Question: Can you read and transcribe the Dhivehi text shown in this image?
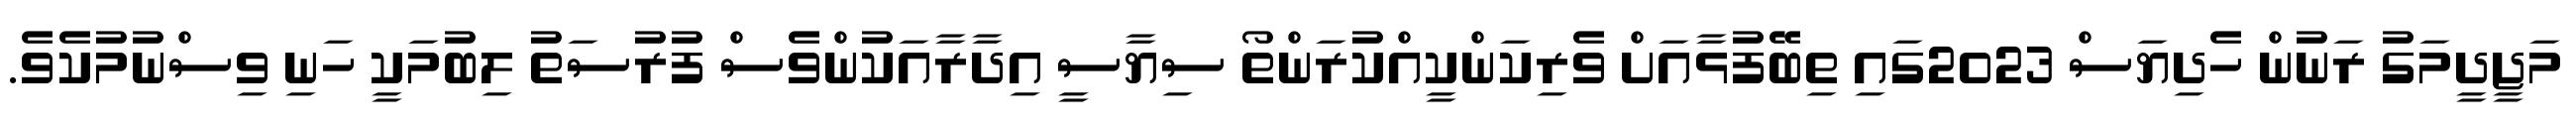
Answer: މަޖީދީމަގު ރަނުން ހެދިޔަސް 2023ގައި ތިބޭފުޅާއަށް ވެރިކަންކީއްކުރަންތޯ ސިޔާސީ އިދާރާއަކުންވެސް ފުރުސަތު ލިބުމަކީ ހަނި ވިސްނުމުކެވެ.